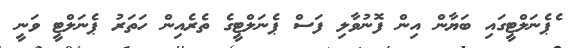
ެޕެނަލްޓީގައި ބަޔާން އިން ފޮނުވާލި ފަސް ޕެނަލްޓީގެ ތެރެއިން ހަތަރު ޕެނަލްޓީ ވަނީ